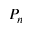
P _ { n }